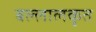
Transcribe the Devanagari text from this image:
बल्लालकृत